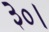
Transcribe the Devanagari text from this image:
३०।